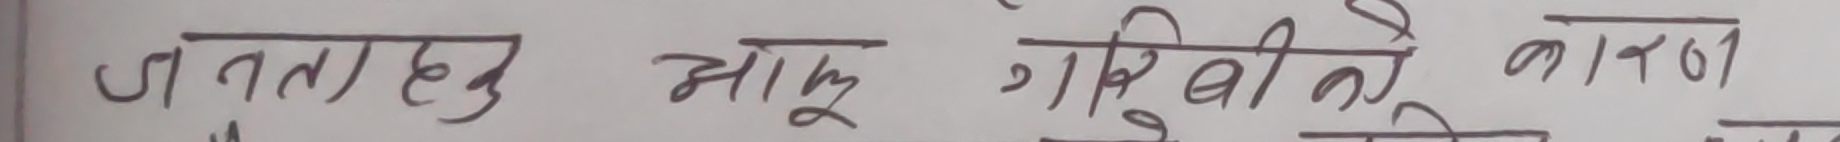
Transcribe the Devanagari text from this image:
जनता हु आकू गरिबीको कारण